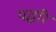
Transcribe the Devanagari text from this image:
पद्धरि